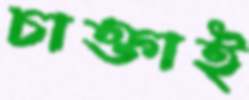
চাক্তাই